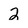
Character: 2